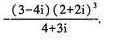
$$- \frac { ( 3 - 4 i ) ( 2 + 2 i ) ^ { 3 } } { 4 + 3 i }$$.